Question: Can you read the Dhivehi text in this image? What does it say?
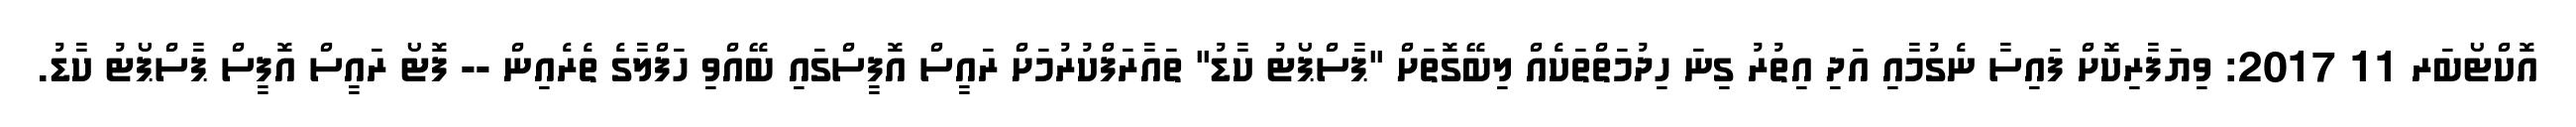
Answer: އޮކްޓޯބަރ 11 2017: ވިޔަފާރިކޮށް ފައިސާ ނެގުމާއި އަދި އިތުރު ގިނަ ހިދުމަތްތަކެއް ލިބޭގޮތަށް "ޕާސްޕޯޓު ކާޑު" ތައާރަފްކުރުމަށް ރައީސް އޮފީސްގައި ބޭއްވި ހަފްލާގެ ތެރެއިން -- ފޮޓޯ ރައީސް އޮފީސް ޕާސްޕޯޓު ކާޑު.